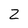
Character: Z